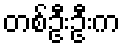
တစ်ဦးဦးက